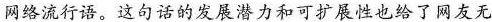
网络流行语。这句话的发展潜力和可扩展性也给了网友无